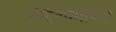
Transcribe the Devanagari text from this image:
संगीतप्रेमींच्या